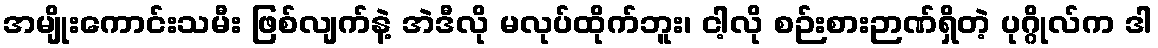
အမျိုးကောင်းသမီး ဖြစ်လျက်နဲ့ အဲဒီလို မလုပ်ထိုက်ဘူး၊ ငါ့လို စဉ်းစားဉာဏ်ရှိတဲ့ ပုဂ္ဂိုလ်က ဒါ